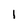
Character: 1